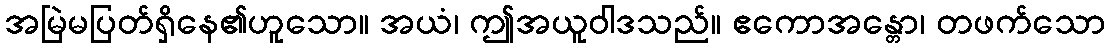
အမြဲမပြတ်ရှိနေ၏ဟူသော။ အယံ၊ ဤအယူဝါဒသည်။ ဧကောအန္တော၊ တဖက်သော